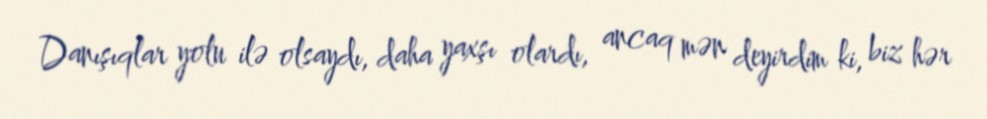
Danışıqlar yolu ilə olsaydı, daha yaxşı olardı, ancaq mən deyirdim ki, biz hər